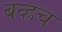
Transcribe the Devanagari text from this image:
बव्ह्रच